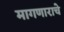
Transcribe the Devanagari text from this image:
मागणाराचे